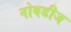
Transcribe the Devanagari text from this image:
नोबडीज